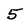
Character: 5